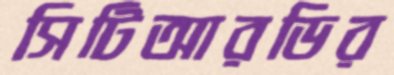
সিটিআরডির